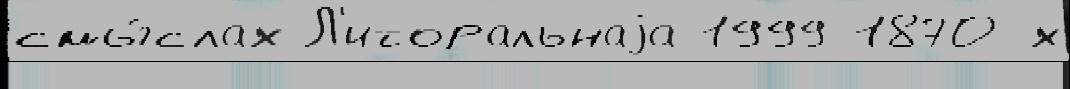
смы́слах Л'иторальнаjа 1999 1870-х